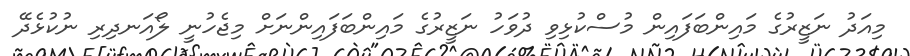
މިއަދު ނަޒީރުގެ މައިންބަފައިން މުސްކުޅިވި ދުވަހު ނަޒީރުގެ މައިންބަފައިންނަށް މިޖެހުނީ ލޯއަނދިރި ނުކުޅެދޭ